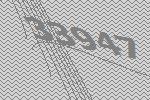
33947